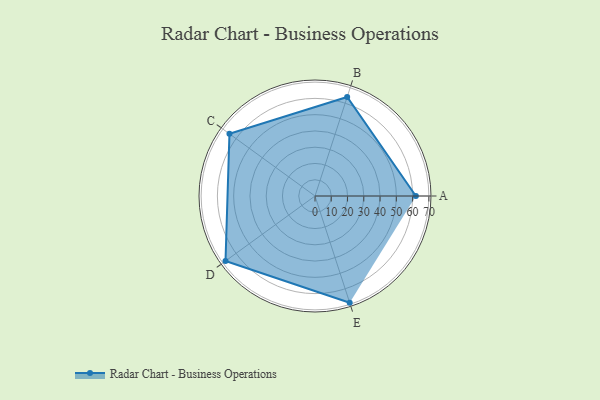
{"axis": {"x": "Skill", "y": "Score"}, "legend": ["Profile"], "data": [{"x": "A", "y": 62.0, "type": "Profile"}, {"x": "B", "y": 64.0, "type": "Profile"}, {"x": "C", "y": 65.0, "type": "Profile"}, {"x": "D", "y": 68.0, "type": "Profile"}, {"x": "E", "y": 69.0, "type": "Profile"}]}